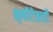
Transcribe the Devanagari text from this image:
ॠषीटेकडी